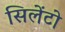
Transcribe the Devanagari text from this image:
सिलेंटो